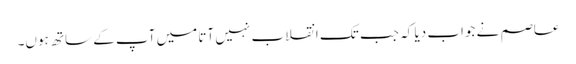
عاصم نے جواب دیا کہ جب تک انقلاب نہیں آتا میں آپ کے ساتھ ہوں۔